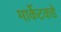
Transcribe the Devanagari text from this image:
मार्केटकडे